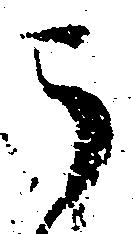
う